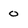
Character: 0